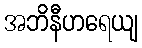
အဘိနီဟရေယျ